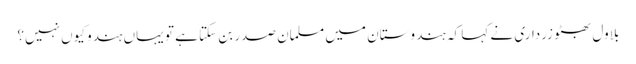
بلاول بھٹو زرداری نے کہا کہ ہندوستان میں مسلمان صدر بن سکتا ہے تو یہاں ہندو کیوں نہیں؟